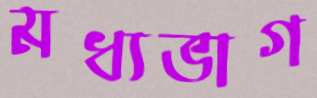
মধ্যভাগ